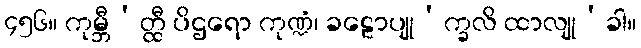
၄၅၆။ ကုမ္ဘီ’တ္ထီ ပိဌရော ကုဏ္ဍံ၊ ခဠောပျု’က္ခလိ ထာလျု’ခါ။